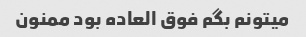
میتونم بگم فوق العاده بود ممنون